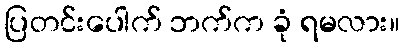
ပြတင်းပေါက် ဘက်က ခုံ ရမလား။